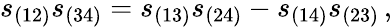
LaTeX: s_{(12)}s_{(34)}=s_{(13)}s_{(24)}-s_{(14)}s_{(23)}\, ,